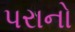
પરાનો